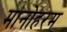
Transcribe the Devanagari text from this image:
मानोहरम